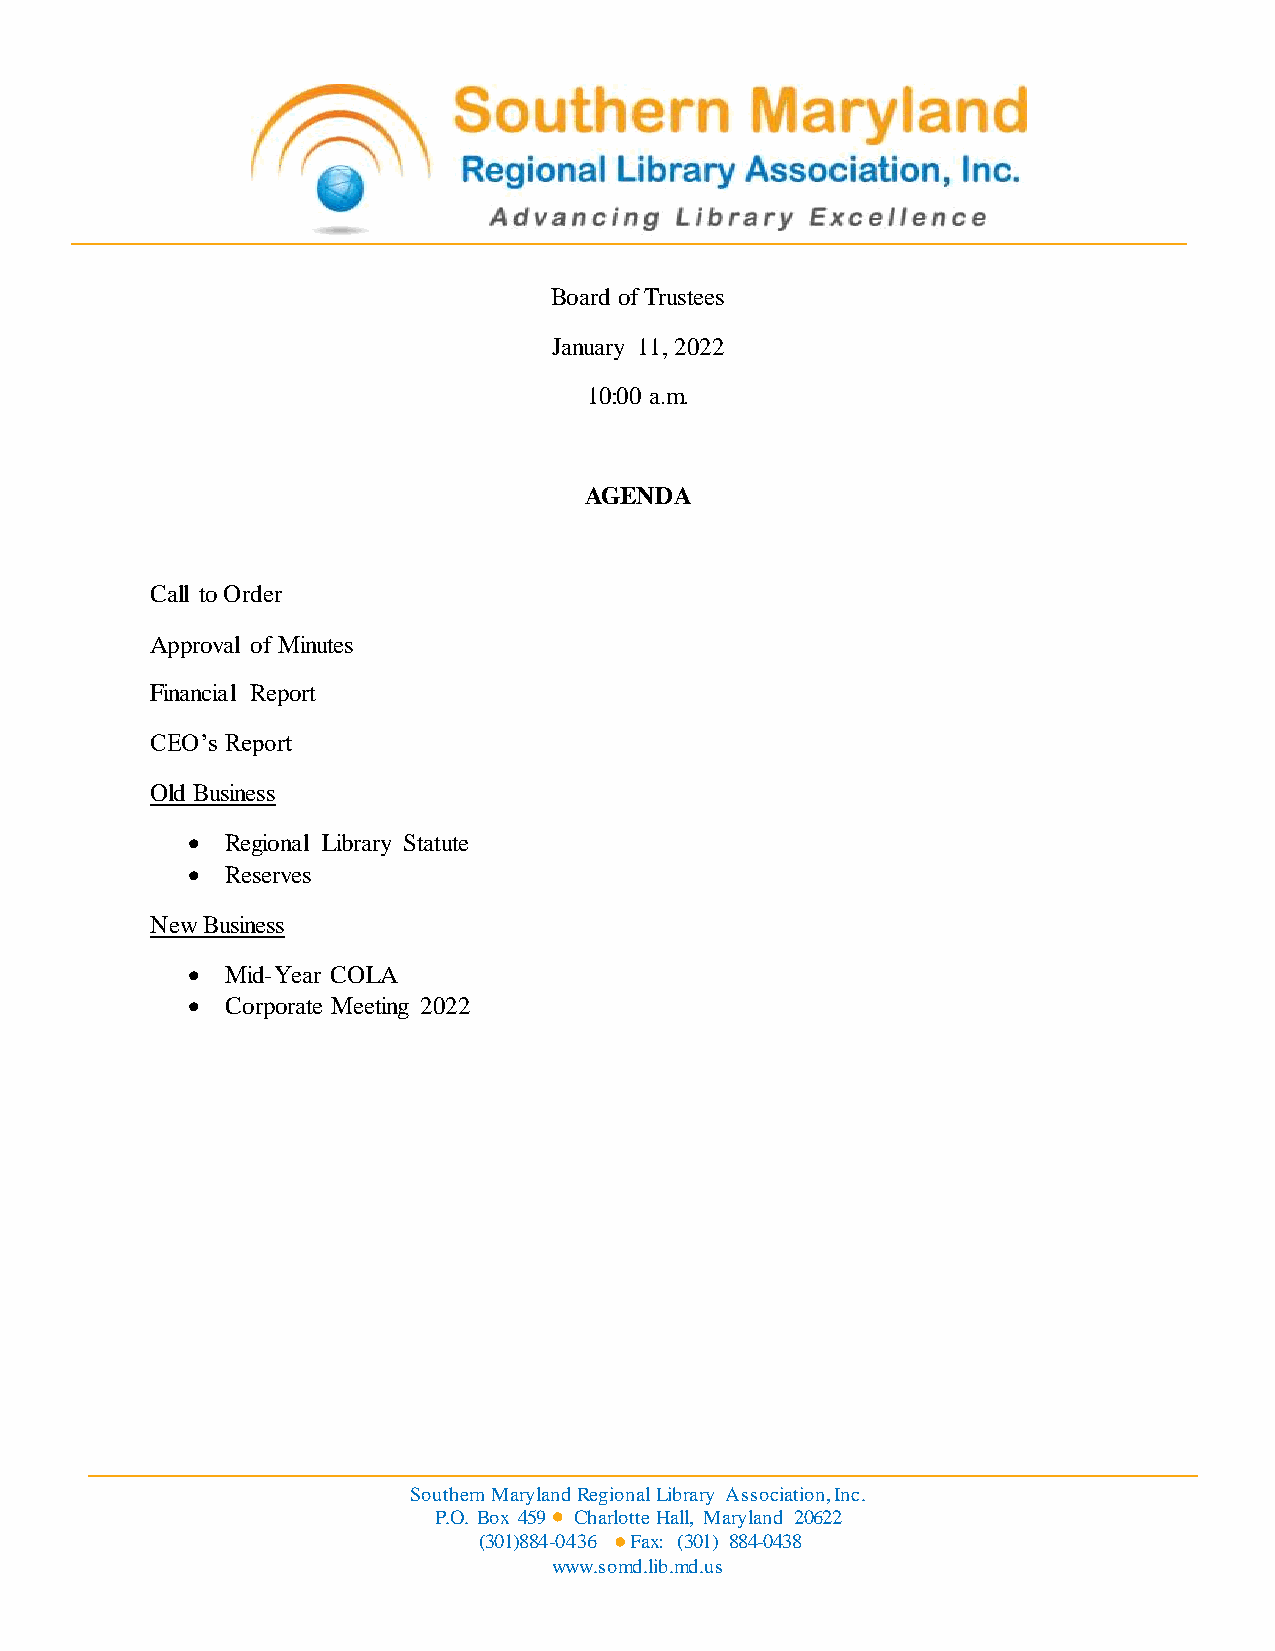
Board of Trustees
 January 11, 2022
 10:00 a.m.
 AGENDA
 Call to Order
 Approval of Minutes
 Financial Report
 CEO’s Report
 Old Business
 •  Regional Library Statute
 •  Reserves
 New Business
 •  Mid-Year COLA
 •  Corporate Meeting 2022
 Southern Maryland Regional Library Association, Inc.
 P.O. Box 459 Charlotte Hall, Maryland 20622
 (301)884-0436 Fax: (301) 884-0438
 www.somd.lib.md.us